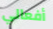
أفعالي